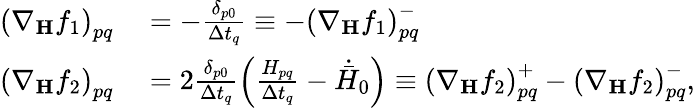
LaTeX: \begin{array}{rl}{\left(\nabla_{\mathbf{H}}f_{1}\right)_{pq}}&{{}=-\frac{\delta_{p0}}{\Delta t_{q}}\equiv-\left(\nabla_{\mathbf{H}}f_{1}\right)_{pq}^{-}}\\ {\left(\nabla_{\mathbf{H}}f_{2}\right)_{pq}}&{{}=2\frac{\delta_{p0}}{\Delta t_{q}}\left(\frac{H_{pq}}{\Delta t_{q}}-\dot{\bar{H}}_{0}\right)\equiv\left(\nabla_{\mathbf{H}}f_{2}\right)_{pq}^{+}-\left(\nabla_{\mathbf{H}}f_{2}\right)_{pq}^{-},}\end{array}